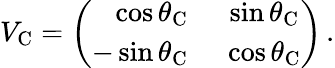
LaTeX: V_{\mathrm{C}}=\left(\begin{array}{rc}{{\cos\theta_{\mathrm{C}}}}&{{~\sin\theta_{\mathrm{C}}}}\\ {{-\sin\theta_{\mathrm{C}}}}&{{~\cos\theta_{\mathrm{C}}}}\end{array}\right)\, .